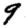
Digit: 9